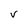
Character: V